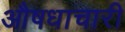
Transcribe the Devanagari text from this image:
औषधाचारी